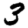
Digit: 3